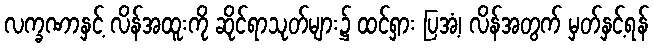
လက္ခဏာနှင့် လိန်အထူးကို ဆိုင်ရာသုတ်များ၌ ထင်ရှား ပြအံ့၊ လိန်အတွက် မှတ်နှင့်ရန်